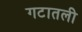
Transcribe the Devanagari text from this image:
गटातली